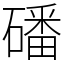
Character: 磻